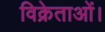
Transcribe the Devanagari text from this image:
विक्रेताओं।